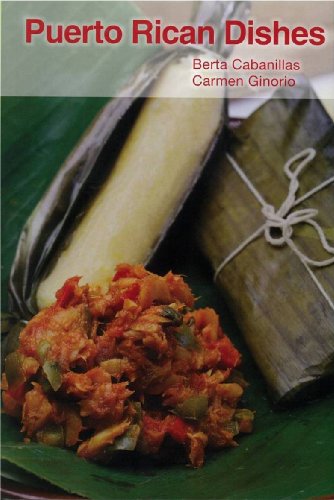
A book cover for Puerto Rican Dishes; Berta Cabanillas; Cookbooks, Food & Wine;